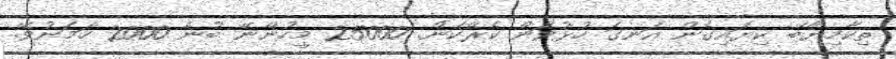
ތިކާމިޔާބޭ ކިޔައިގެން އަނގަ ހުޅުވަން ކެރޭކަން. 25000 މީހުންނޭ ބުނެ 2000 ހަމަނުވޭ.